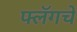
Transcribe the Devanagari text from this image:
फ्लॅगचे